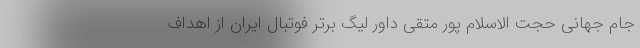
جام جهانی حجت الاسلام پور متقی داور لیگ برتر فوتبال ایران از اهداف